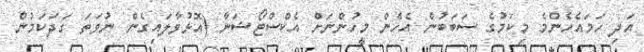
އަދި ހަމައެހެންމެ މިކަމުގެ ސަބަބުން އެހެން މީހުންނަށް އެކްސްޓޯޝަނާ (އޮޅުވާލައިގެން ނުވަތަ ގަދަކަމުން